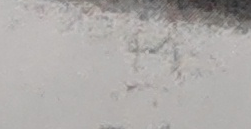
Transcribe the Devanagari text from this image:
फिसल